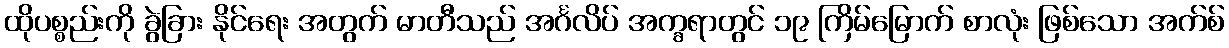
ထိုပစ္စည်းကို ခွဲခြား နိုင်ရေး အတွက် မာတီသည် အင်္ဂလိပ် အက္ခရာတွင် ၁၉ ကြိမ်မြောက် စာလုံး ဖြစ်သော အက်စ်